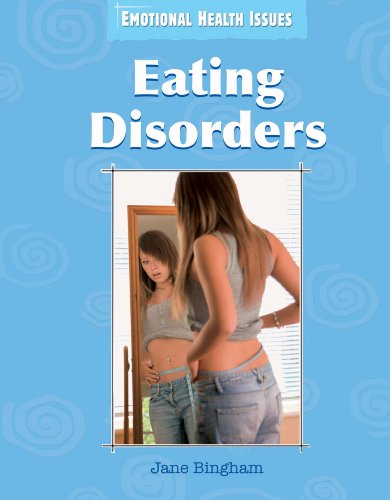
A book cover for Eating Disorders (Emotional Health Issues); Jane Bingham; Health, Fitness & Dieting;